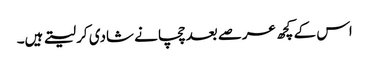
اس کے کچھ عرصے بعد چچا نے شادی کر لیتے ہیں۔